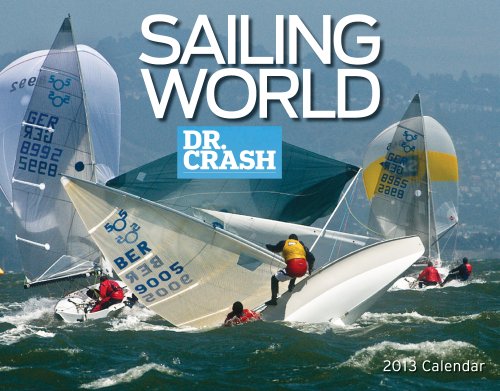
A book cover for Sailing Word's Dr. Crash 2013 Calendar; Bonnier Corp.; Calendars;